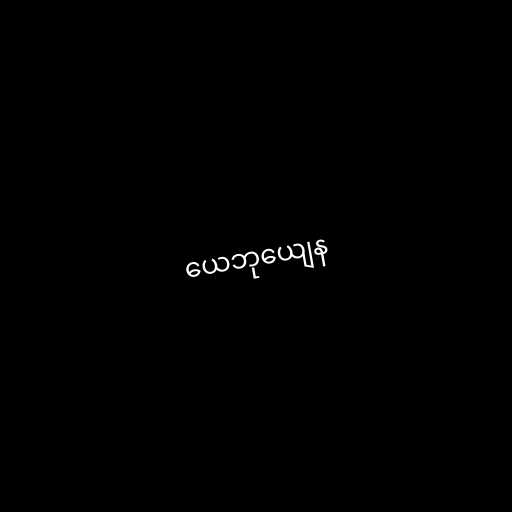
ယေဘုယျေန